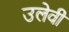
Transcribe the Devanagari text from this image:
उलेवी